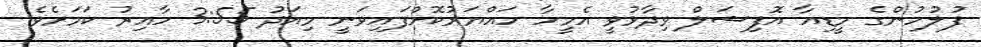
ފުލުހުންގެ މީޑިއާ އޮފިޝަލް ވިދާޅުވީ އެމީހާ ހައްޔަރުކޮށްފައިވަނީ މިއަދު 3:55 ހާއިރު ކަމަށެވެ.